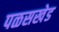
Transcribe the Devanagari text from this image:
पळसखेड